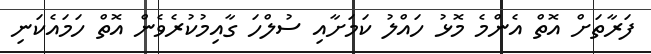
ފަރާތަށް އޮތް އެންމެ މޮޅު ހައްލު ކަމަށާއި ސުލްހަ ގާއިމުކުރެވެން އޮތް ހަމައެކަނި